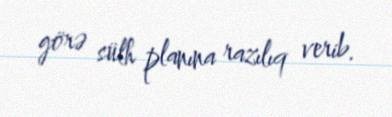
görə sülh planına razılıq verib.